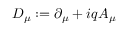
D _ { \mu } : = \partial _ { \mu } + i q A _ { \mu }